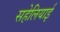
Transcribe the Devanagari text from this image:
सहेलियाई